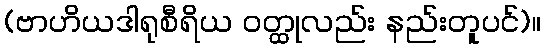
(ဗာဟိယဒါရုစီရိယ ဝတ္ထုလည်း နည်းတူပင်)။